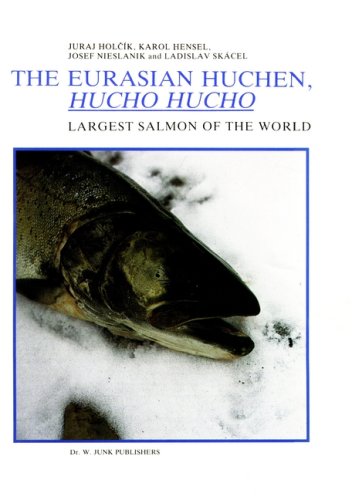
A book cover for The Eurasian Huchen, Hucho hucho: Largest Salmon of the World (Perspectives in Vertebrate Science); J. HolcÃ­k; Sports & Outdoors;